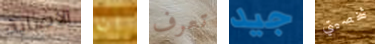
الاصابة ان تعرف جيد شخصيتي